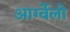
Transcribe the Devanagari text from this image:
आर्ग्वेलो